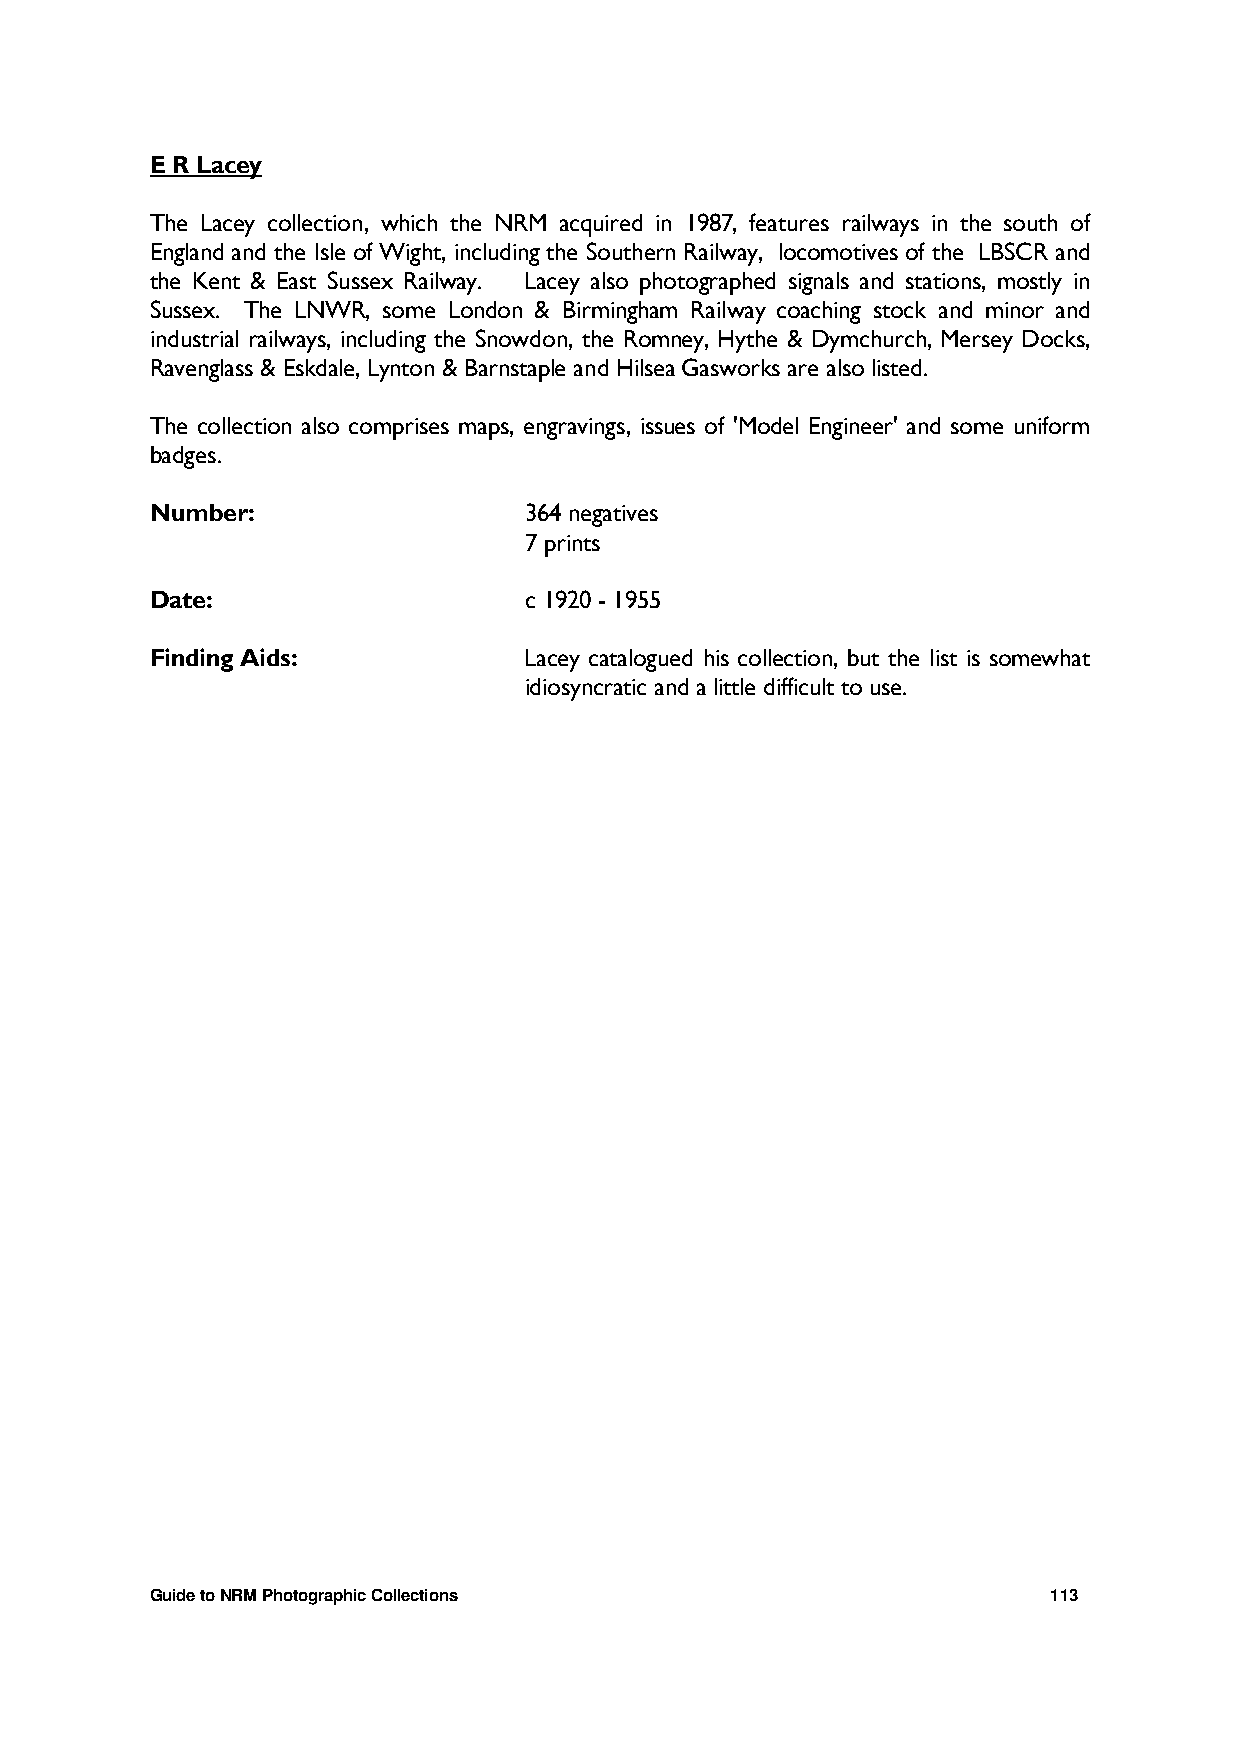
E R Lacey
 The Lacey collection, which the NRM acquired in 1987, features railways in the south of
 England and the Isle of Wight, including the Southern Railway, locomotives of the LBSCR and
 the Kent & East Sussex Railway. Lacey also photographed signals and stations, mostly in
 Sussex. The LNWR, some London & Birmingham Railway coaching stock and minor and
 industrial railways, including the Snowdon, the Romney, Hythe & Dymchurch, Mersey Docks,
 Ravenglass & Eskdale, Lynton & Barnstaple and Hilsea Gasworks are also listed.
 The collection also comprises maps, engravings, issues of 'Model Engineer' and some uniform
 badges.
 Number:                  364 negatives
 7 prints
 Date:                    c 1920 - 1955
 Finding Aids:            Lacey catalogued his collection, but the list is somewhat
 idiosyncratic and a little difficult to use.
 Guide to NRM Photographic Collections                       113